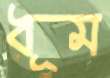
ধূম